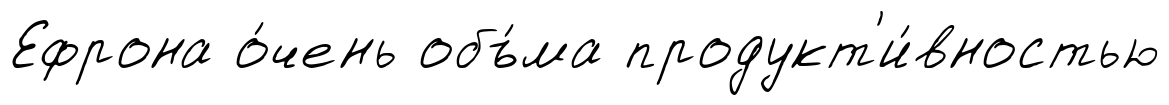
Ефрона о́чень объ́ма продукт'и́вностью